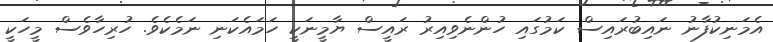
އެމަނިކުފާނު ނައިބުރައިސް ކަމުގައި ހުންނެވިއިރު ރައީސް ޔާމީނަކީ ހަމައެކަނި ނަމެކެވެ. ހުރިހާވެސް މީހަކީ